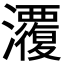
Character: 𭳱